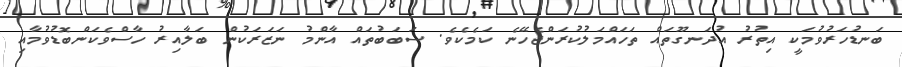
ބަނޑުހަރުވުމަކީ އިތުރު އުދަނގޫތައް ތަހައްމަލުކުރަންޖެހޭނެ ކަމެކެވެ. ސަބަބުތައް އާންމު ނަޒަރަކުން ބަލާއިރު ހާސްވެކަންބޮޑުވުމާއި